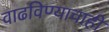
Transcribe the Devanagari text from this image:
वाढविण्याचाही